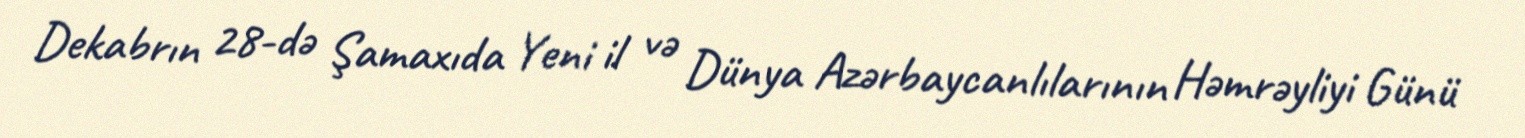
Dekabrın 28-də Şamaxıda Yeni il və Dünya Azərbaycanlılarının Həmrəyliyi Günü